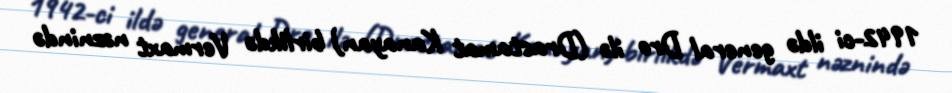
1942-ci ildə general Dro ilə (Drastamat Kanayan) birlikdə Vermaxt nəznində